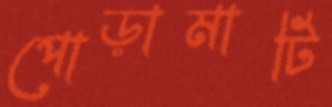
পোড়ামাটি